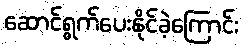
ဆောင်ရွက်ပေးနိုင်ခဲ့ကြောင်း